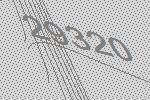
29320